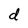
Character: d